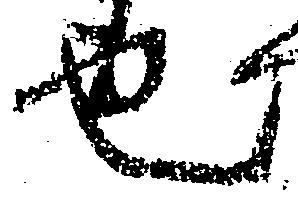
也